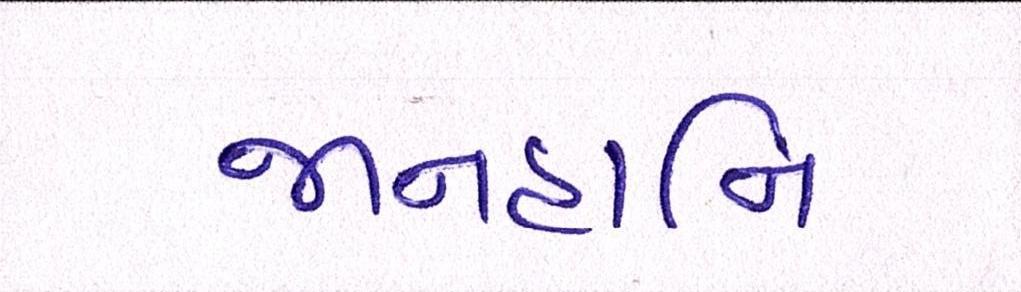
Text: જાનહાનિ